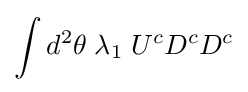
\int d^{2}\theta \;\lambda _{1}\;U^{c}D^{c}D^{c}